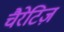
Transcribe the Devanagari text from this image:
चैरेटिज़